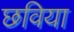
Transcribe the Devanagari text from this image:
छविया